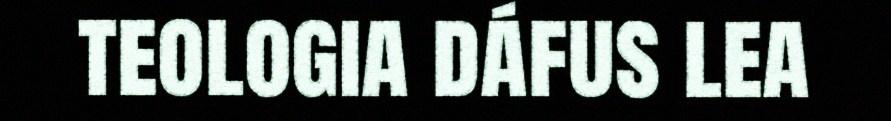
teologia dáfus lea